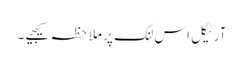
آرٹیکل اس لنک پر ملاحظہ کیجیے ۔